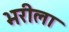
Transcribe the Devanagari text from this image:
भरीला